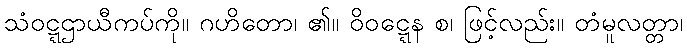
သံဝဋ္ဋဌာယီကပ်ကို။ ဂဟိတော၊ ၏။ ဝိဝဋ္ဋေန စ၊ ဖြင့်လည်း။ တံမူလတ္တာ၊